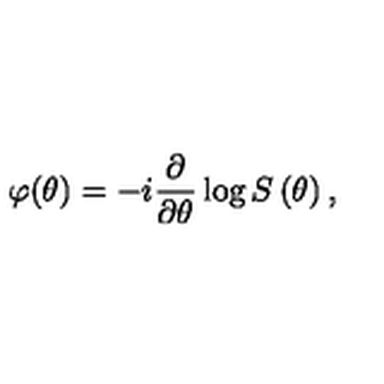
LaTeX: \varphi ( \theta ) = - i \frac { \partial } { \partial \theta } \log S \left( \theta \right) ,